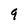
Character: 9